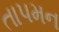
તાપમન